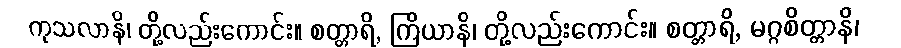
ကုသလာနိ၊ တို့လည်းကောင်း။ စတ္တာရိ, ကြိယာနိ၊ တို့လည်းကောင်း။ စတ္တာရိ, မဂ္ဂစိတ္တာနိ၊